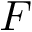
\boldsymbol { F }